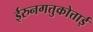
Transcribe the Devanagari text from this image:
ईरुनगत्तुकोत्ताई